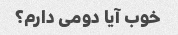
خوب آیا دومی دارم؟